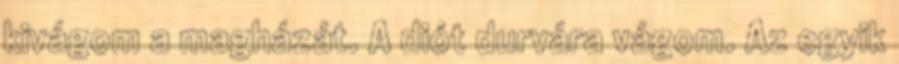
kivágom a magházát. A diót durvára vágom. Az egyik